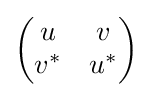
{\begin{pmatrix}u&v\\v^{*}&u^{*}\end{pmatrix}}